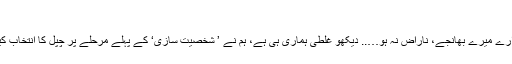
‘‘
’’ارے میرے بھانجے، ناراض نہ ہو….. دیکھو غلطی ہماری ہی ہے، ہم نے ’ شخصیت سازی‘ کے پہلے مرحلے پر چپل کا انتخاب کیا۔